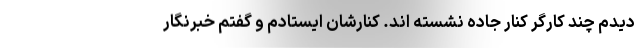
دیدم چند کارگر کنار جاده نشسته اند. کنارشان ایستادم و گفتم خبرنگار